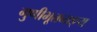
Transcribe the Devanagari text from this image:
गुणीभूतव्यङ्य